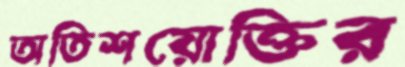
অতিশয়োক্তির